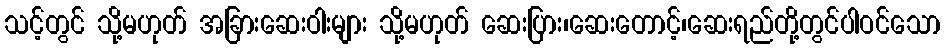
သင့်တွင် သို့မဟုတ် အခြားဆေးဝါးများ သို့မဟုတ် ဆေးပြား၊ဆေးတောင့်၊ဆေးရည်တို့တွင်ပါဝင်သော